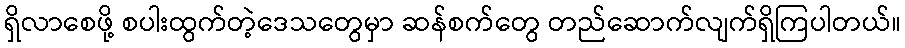
ရှိလာစေဖို့ စပါးထွက်တဲ့ဒေသတွေမှာ ဆန်စက်တွေ တည်ဆောက်လျက်ရှိကြပါတယ်။